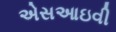
એસઆઇવી